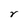
Character: r